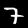
Label: 7